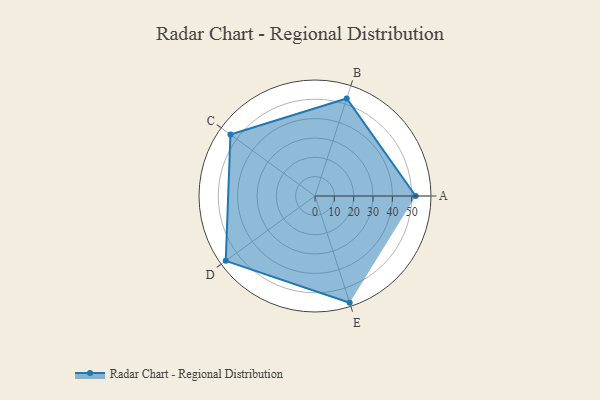
{"axis": {"x": "Skill", "y": "Score"}, "legend": ["Profile"], "data": [{"x": "A", "y": 52.0, "type": "Profile"}, {"x": "B", "y": 53.0, "type": "Profile"}, {"x": "C", "y": 54.0, "type": "Profile"}, {"x": "D", "y": 57.0, "type": "Profile"}, {"x": "E", "y": 58.0, "type": "Profile"}]}